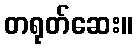
တရုတ်ဆေး။